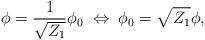
LaTeX: \begin{align*}\phi =\frac{1}{\sqrt{Z_{1}}}\phi _{0}\; \Leftrightarrow \; \phi _{0}=\sqrt{Z_{1}}\phi ,\end{align*}